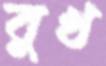
বুখ